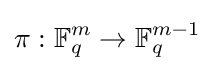
\pi :\mathbb {F} _{q}^{m}\to \mathbb {F} _{q}^{m-1}